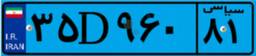
۰۱D۳۳۶۲۳